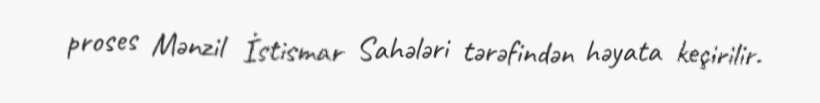
proses Mənzil İstismar Sahələri tərəfindən həyata keçirilir.